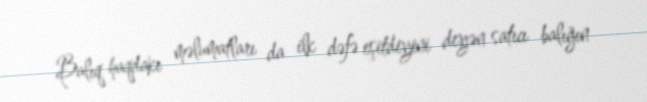
Balıq haqdakı məlumatları da ilk dəfə eşitdiyini deyən satıcı balığın